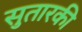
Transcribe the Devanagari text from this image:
सुतारकी